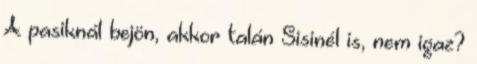
A pasiknál bejön, akkor talán Sisinél is, nem igaz?